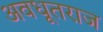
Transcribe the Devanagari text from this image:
अवधूतराज